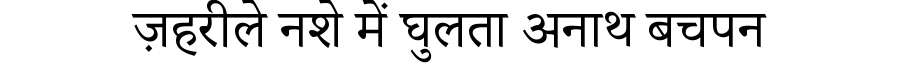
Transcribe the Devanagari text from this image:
ज़हरीले नशे में घुलता अनाथ बचपन